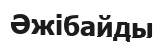
Әжібайды